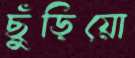
ছুঁড়িয়ো